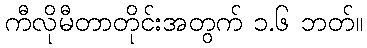
ကီလိုမီတာတိုင်းအတွက် ၁.၆ ဘတ်။